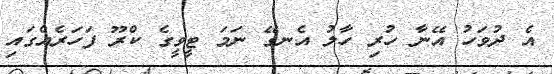
އެ ދުވަހު އޭނާ ހުރި ހާލު އެނގޭ ނަމަ ޓީވީގެ ކްރޫ ފަހަރެއްގައި